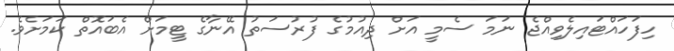
ހިފަހައްޓައިލެވިއްޖެ ނަމަ ސެމީ އަށް ދިއުމުގެ ފުރުސަތު އޭނާގެ ޓީމަށް އެބައޮތް ކަމަށެވެ.